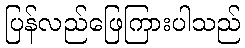
ပြန်လည်ဖြေကြားပါသည်